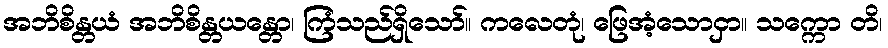
အဘိစိန္တယံ အဘိစိန္တယန္တော၊ ကြံသည်ရှိသော်။ ကလေတုံ၊ ဖြေအံ့သောငှာ။ သက္ကော တိ၊